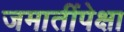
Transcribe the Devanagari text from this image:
जमातींपेक्षा